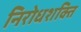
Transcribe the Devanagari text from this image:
निरोधशक्ति